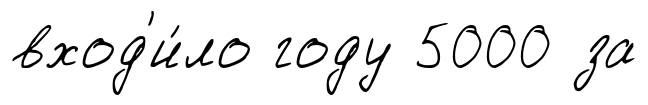
вход'и́ло году 5000 за